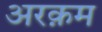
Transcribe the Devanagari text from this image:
अरक़म